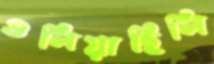
গুলিয়াছিলি